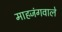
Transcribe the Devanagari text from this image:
माहजंगवाले